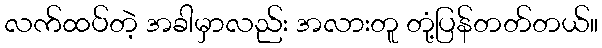
လက်ထပ်တဲ့ အခါမှာလည်း အလားတူ တုံ့ပြန်တတ်တယ်။